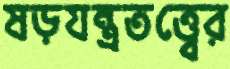
ষড়যন্ত্রতত্ত্বের